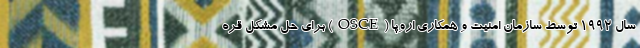
سال 1992 توسط سازمان امنیت و همکاری اروپا (OSCE) برای حل مشکل قره